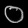
Digit: ၀